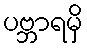
ပဗ္ဘာရမှိ